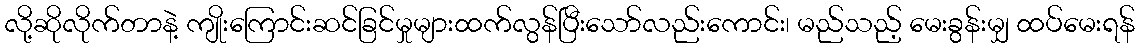
လို့ဆိုလိုက်တာနဲ့ ကျိုးကြောင်းဆင်ခြင်မှုများထက်လွန်ပြီးသော်လည်းကောင်း၊ မည်သည့် မေးခွန်းမျှ ထပ်မေးရန်